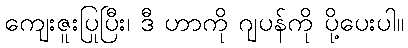
ကျေးဇူးပြုပြီး၊ ဒီ ဟာကို ဂျပန်ကို ပို့ပေးပါ။